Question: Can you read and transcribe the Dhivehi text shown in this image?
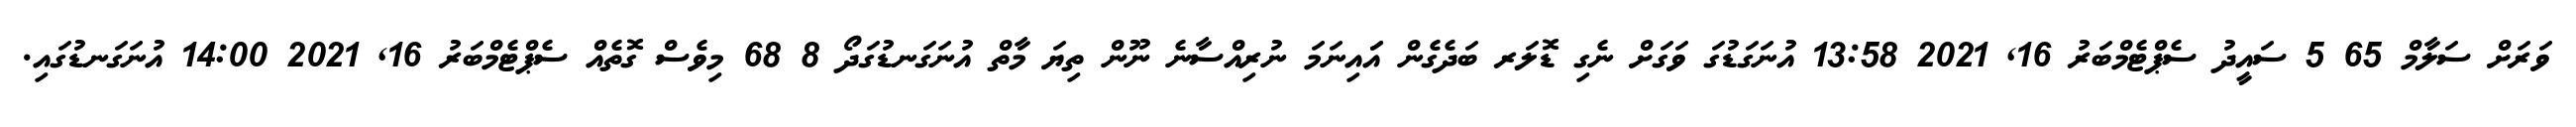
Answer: ވަރަށް ސަލާމް 65 5 ސައީދު ސެޕްޓެމްބަރު 16, 2021 13:58 އުނަގަޑުގަ ވަގަށް ނެގި ޑޮލަރ ބަދެގެން އަައިނަމަ ނުރިއްސާނެ ނޫން ތިޔަ މާތް އުނަގަނޑުގަދޯ 8 68 މިވެސް ގޮތެއް ސެޕްޓެމްބަރު 16, 2021 14:00 އުނަގަނޑުގައި.